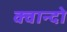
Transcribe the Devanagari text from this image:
क्वान्दो